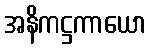
အနိကဋ္ဌကာယော